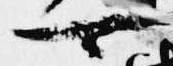
可